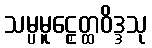
သမ္ပမူဠှေတ္ထဝိဒ္ဒသု